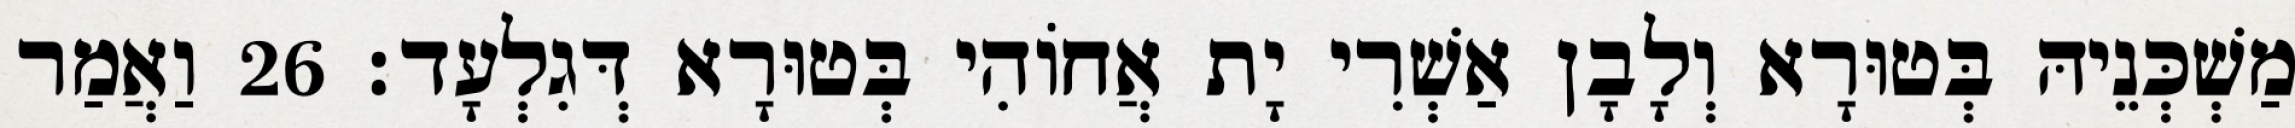
מַשְׁכְּנֵיהּ בְּטוּרָא וְלָבָן אַשְׁרִי יָת אֲחוֹהִי בְּטוּרָא דְּגִלְעָד׃ 26 וַאֲמַר